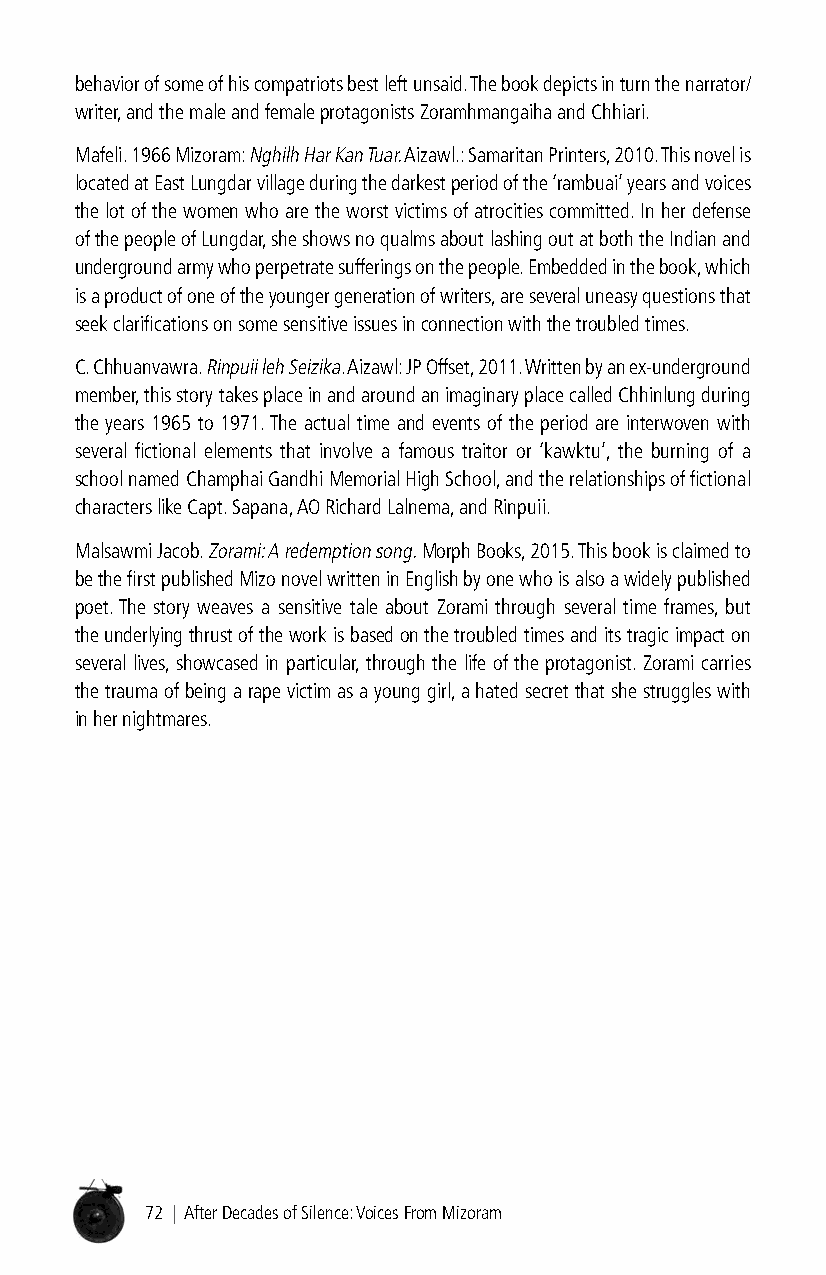
behavior of some of his compatriots best left unsaid. The book depicts in turn the narrator/
 writer, and the male and female protagonists Zoramhmangaiha and Chhiari.
 Mafeli. 1966 Mizoram: Nghilh Har Kan Tuar. Aizawl.: Samaritan Printers, 2010. This novel is
 located at East Lungdar village during the darkest period of the ‘rambuai’ years and voices
 the lot of the women who are the worst victims of atrocities committed. In her defense
 of the people of Lungdar, she shows no qualms about lashing out at both the Indian and
 underground army who perpetrate sufferings on the people. Embedded in the book, which
 is a product of one of the younger generation of writers, are several uneasy questions that
 seek clarifications on some sensitive issues in connection with the troubled times.
 C. Chhuanvawra. Rinpuii leh Seizika. Aizawl: JP Offset, 2011. Written by an ex-underground
 member, this story takes place in and around an imaginary place called Chhinlung during
 the years 1965 to 1971. The actual time and events of the period are interwoven with
 several fictional elements that involve a famous traitor or ‘kawktu’, the burning of a
 school named Champhai Gandhi Memorial High School, and the relationships of fictional
 characters like Capt. Sapana, AO Richard Lalnema, and Rinpuii.
 Malsawmi Jacob. Zorami: A redemption song. Morph Books, 2015. This book is claimed to
 be the first published Mizo novel written in English by one who is also a widely published
 poet. The story weaves a sensitive tale about Zorami through several time frames, but
 the underlying thrust of the work is based on the troubled times and its tragic impact on
 several lives, showcased in particular, through the life of the protagonist. Zorami carries
 the trauma of being a rape victim as a young girl, a hated secret that she struggles with
 in her nightmares.
 72 | After Decades of Silence: Voices From Mizoram